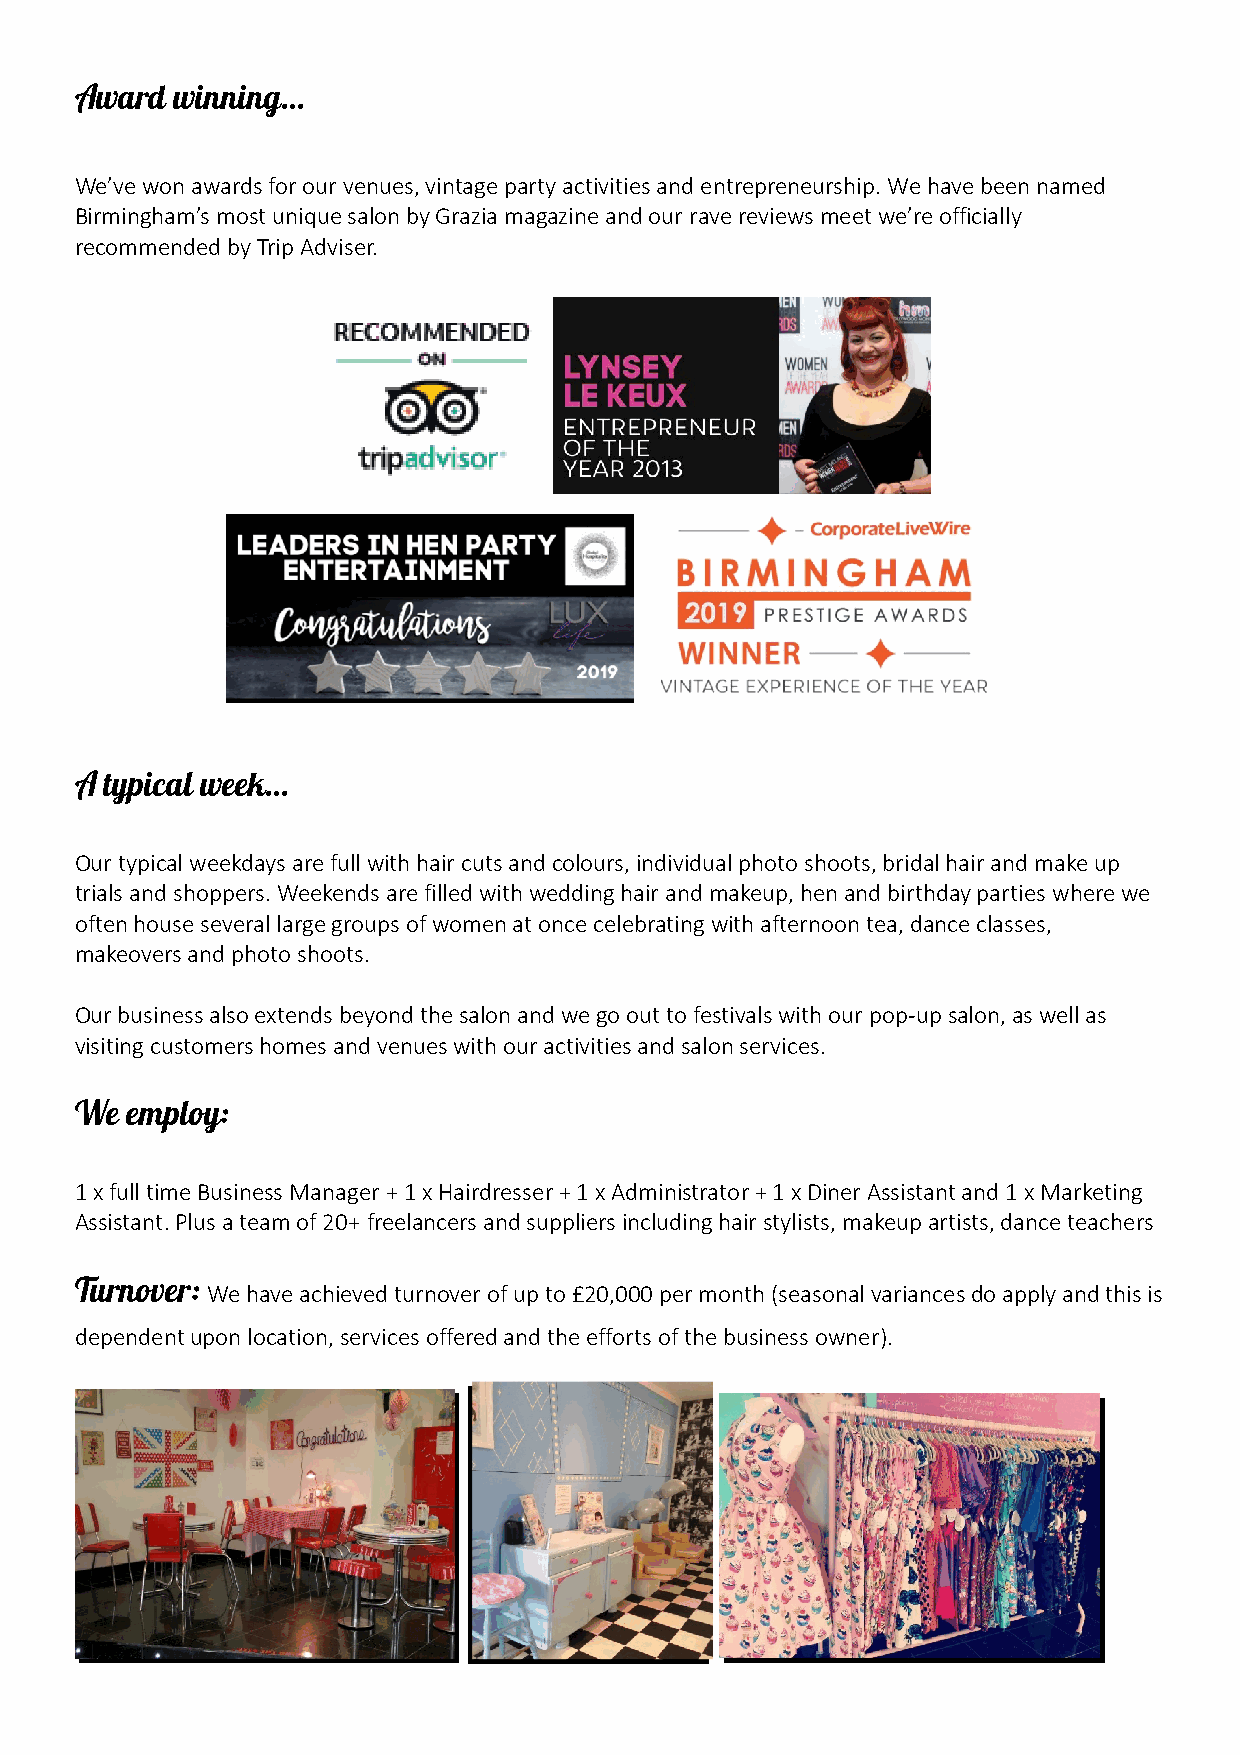
Award  winning…
 We’ve won awards for our venues, vintage party activities and entrepreneurship. We have been named
 Birmingham’s most unique salon by Grazia magazine and our rave reviews meet we’re officially
 recommended by Trip Adviser.
 A typical week…
 Our typical weekdays are full with hair cuts and colours, individual photo shoots, bridal hair and make up
 trials and shoppers. Weekends are filled with wedding hair and makeup, hen and birthday parties where we
 often house several large groups of women at once celebrating with afternoon tea, dance classes,
 makeovers and photo shoots.
 Our business also extends beyond the salon and we go out to festivals with our pop-up salon, as well as
 visiting customers homes and venues with our activities and salon services.
 We employ:
 1 x full time Business Manager + 1 x Hairdresser + 1 x Administrator + 1 x Diner Assistant and 1 x Marketing
 Assistant. Plus a team of 20+ freelancers and suppliers including hair stylists, makeup artists, dance teachers
 Turnover: We have achieved turnover of up to £20,000 per month (seasonal variances do apply and this is
 dependent upon location, services offered and the efforts of the business owner).